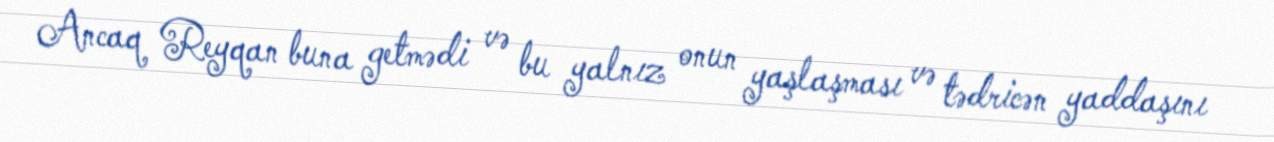
Ancaq Reyqan buna getmədi və bu yalnız onun yaşlaşması və tədricən yaddaşını